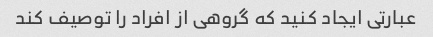
عبارتی ایجاد کنید که گروهی از افراد را توصیف کند